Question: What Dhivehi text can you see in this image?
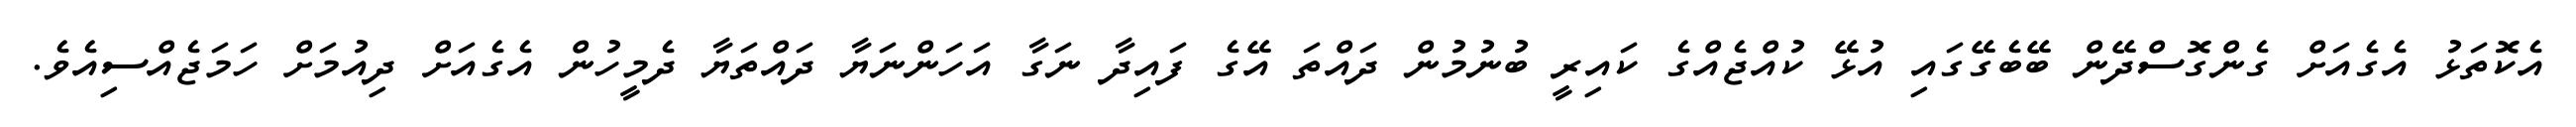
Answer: އެކޮތަޅު އެގެއަށް ގެންގޮސްދޭން ބޭބެގޭގައި އުޅޭ ކުއްޖެއްގެ ކައިރީ ބުނުމުން ދައްތަ އޭގެ ފައިދާ ނަގާ އަހަންނަޔާ ދައްތަޔާ ދެމީހުން އެގެއަށް ދިއުމަށް ހަމަޖެއްސިއެވެ.